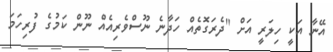
އޭނާ އަކީ ހިލަރީ އަށް "ދެރަގޮތެއް ހަދާނެ ނޫސްވެރިއެއް ނޫން ކަމުގެ ފުރިހަމަ